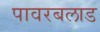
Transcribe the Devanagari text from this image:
पावरबलाड